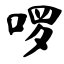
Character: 啰